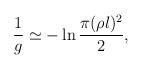
LaTeX: \begin{align*}\frac{1}{g}\simeq -\ln \frac{\pi(\rho l)^2}{2} ,\end{align*}